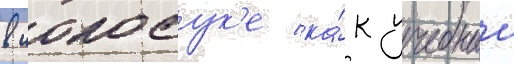
в иокосук'е ка́к учебныи